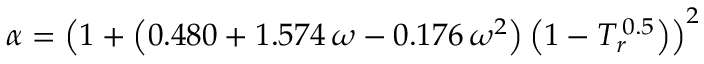
\alpha = \left( 1 + \left( 0 . 4 8 0 + 1 . 5 7 4 \, \omega - 0 . 1 7 6 \, \omega ^ { 2 } \right) \left( 1 - T _ { r } ^ { \, 0 . 5 } \right) \right) ^ { 2 }